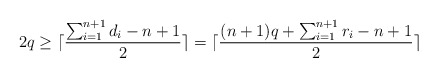
\begin{align*}2q \ge \lceil \frac{\sum_{i=1}^{n+1} d_i - n +1 }{2} \rceil = \lceil \frac{(n+1)q + \sum_{i=1}^{n+1} r_i - n +1}{2} \rceil\end{align*}